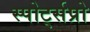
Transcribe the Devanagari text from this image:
स्पोर्ट्सप्रो